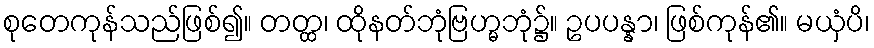
စုတေကုန်သည်ဖြစ်၍။ တတ္ထ၊ ထိုနတ်ဘုံဗြဟ္မဘုံ၌။ ဥပပန္နာ၊ ဖြစ်ကုန်၏။ မယှံပိ၊